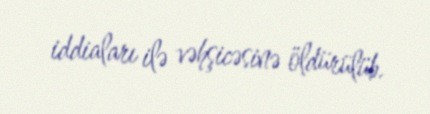
iddiaları ilə vəhşicəsinə öldürülüb.